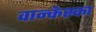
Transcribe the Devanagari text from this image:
वान्केस्का